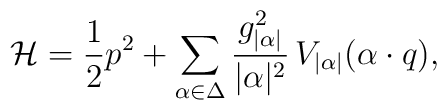
\mathcal{H} = {1\over 2} p^{2} + \sum_{\alpha\in\Delta}    {g_{|\alpha|}^{2}\over |\alpha|^{2}}   \,V_{|\alpha|}(\alpha\cdot q),